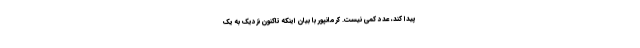
پیدا کند، عدد کمی نیست. کرمانپور با بیان اینکه تاکنون نزدیک به یک